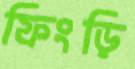
ফিংড়ি